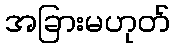
အခြားမဟုတ်